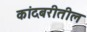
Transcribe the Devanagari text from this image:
कांदबरीतील